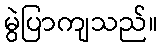
မွဲပြာကျသည်။